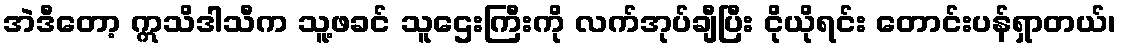
အဲဒီတော့ ဣသိဒါသီက သူ့ဖခင် သူဌေးကြီးကို လက်အုပ်ချီပြီး ငိုယိုရင်း တောင်းပန်ရှာတယ်၊